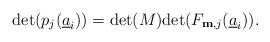
LaTeX: \begin{align*} \mathrm{det}(p_j(\underline{ a}_i))= \mathrm{det}(M)\mathrm{det}(F_{\mathbf{m},j}(\underline{ a}_i)). \end{align*}